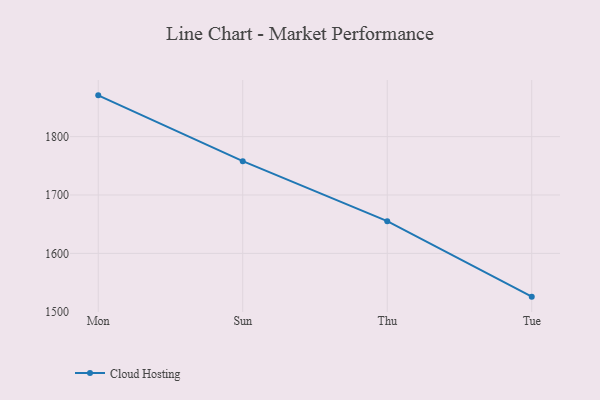
{"axis": {"x": "Day", "y": "Active Users"}, "legend": ["Cloud Hosting"], "data": [{"x": "Mon", "y": 1870.7, "type": "Cloud Hosting"}, {"x": "Sun", "y": 1758.0, "type": "Cloud Hosting"}, {"x": "Thu", "y": 1655.2, "type": "Cloud Hosting"}, {"x": "Tue", "y": 1525.9, "type": "Cloud Hosting"}]}